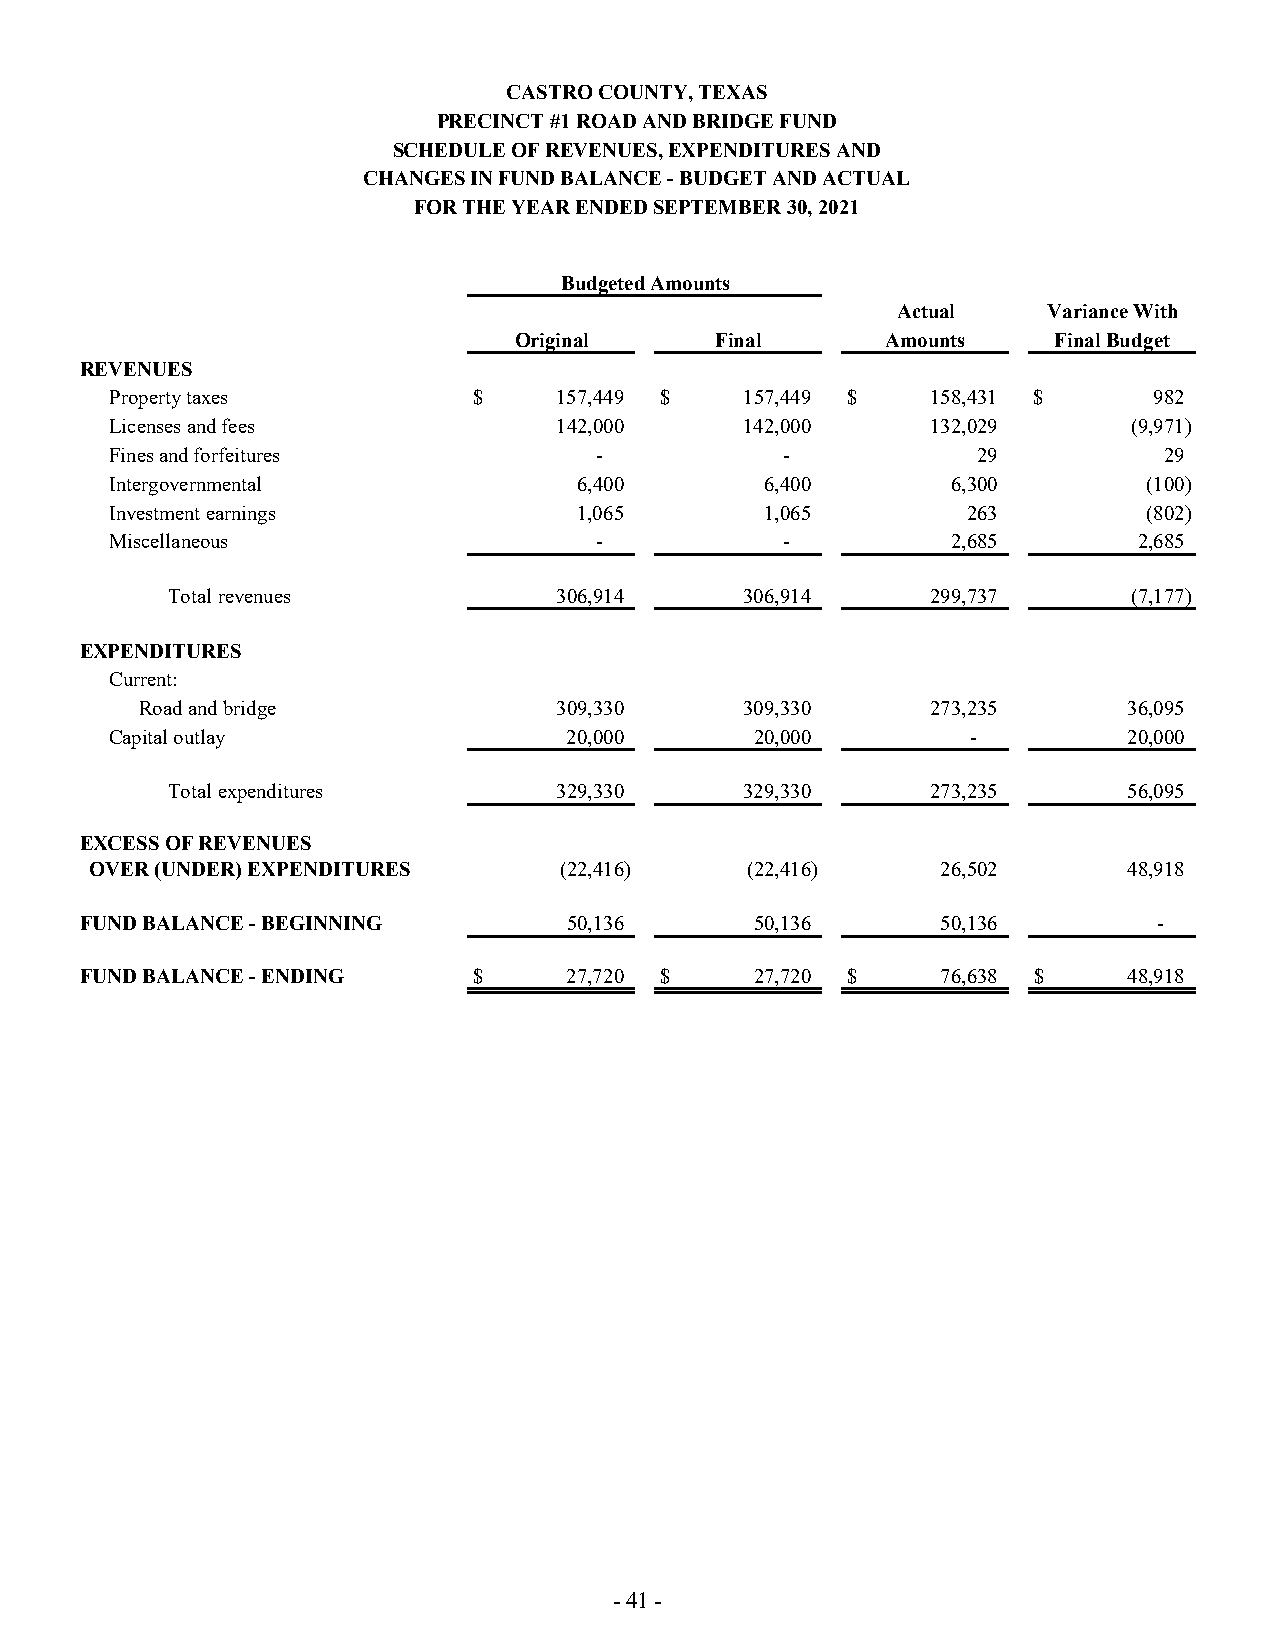
CASTRO COUNTY, TEXAS
 PRECINCT #1 ROAD AND BRIDGE FUND
 SCHEDULE OF REVENUES, EXPENDITURES AND
 CHANGES IN FUND BALANCE - BUDGET AND ACTUAL
 FOR THE YEAR ENDED SEPTEMBER 30, 2021
 Budgeted Amounts
 Actual    Variance With
 Original     Final       Amounts    Final Budget
 REVENUES
 Property taxes          $     157,449 $   157,449 $    158,431 $     982
 Licenses and fees             142,000     142,000      132,029      (9,971)
 Fines and forfeitures           -            -            29          29
 Intergovernmental              6,400        6,400       6,300        (100)
 Investment earnings            1,065        1,065        263         (802)
 Miscellaneous                   -            -          2,685       2,685
 Total revenues            306,914     306,914      299,737      (7,177)
 EXPENDITURES
 Current:
 Road and bridge             309,330     309,330      273,235      36,095
 Capital outlay                 20,000      20,000        -          20,000
 Total expenditures        329,330     329,330      273,235      56,095
 EXCESS OF REVENUES
 OVER (UNDER) EXPENDITURES      (22,416)    (22,416)     26,502       48,918
 FUND BALANCE - BEGINNING         50,136      50,136      50,136         -
 FUND BALANCE - ENDING     $      27,720 $    27,720 $    76,638 $     48,918
 - 41 -